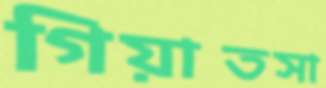
গিয়াতসা